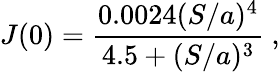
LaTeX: J(0)=\frac{0.0024(S/a)^{4}}{4.5+(S/a)^{3}}~,